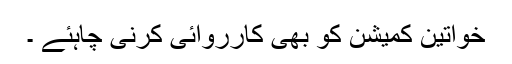
خواتین کمیشن کو بھی کارروائی کرنی چاہئے ۔